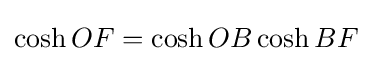
\cosh OF=\cosh OB\cosh BF